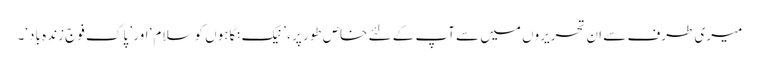
میری طرف سے ان تحریروں میں سے آپ کے لئے خاص طور پر ، ’ نیک نگاہوں کو سلام‘ اور ’ پاک فوج زندہ باد‘۔